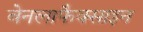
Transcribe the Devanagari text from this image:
वेनलाफैक्साइन